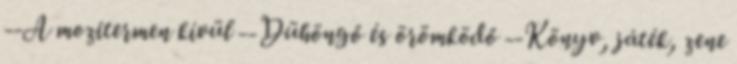
--A mozitermen kívül --Dühöngő és örömködő --Könyv, játék, zene